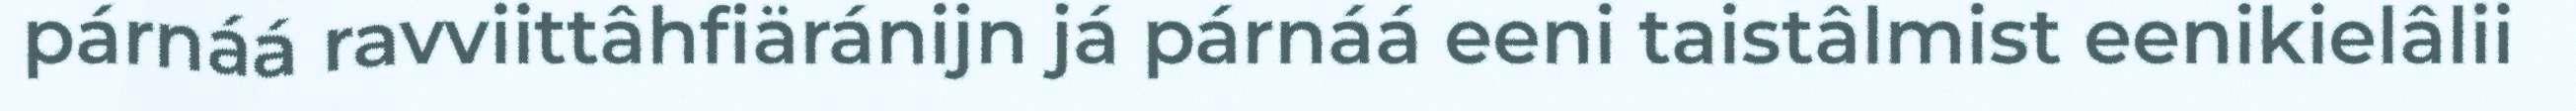
párnáá ravviittâhfiäránijn já párnáá eeni taistâlmist eenikielâlii